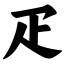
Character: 疋